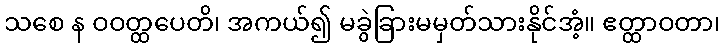
သစေ န ဝဝတ္ထပေတိ၊ အကယ်၍ မခွဲခြားမမှတ်သားနိုင်အံ့။ ဧတ္ထာဝတာ၊